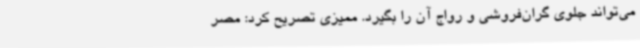
می‌تواند جلوی گران‌فروشی و رواج آن را بگیرد. ممیزی تصریح کرد: مصر